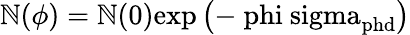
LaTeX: \mathbb{N}(\phi)=\mathbb{N}(0)\mathrm{{{exp}\left(-\ phi\ sigma_{\mathrm{{{phd}}}}\right)}}